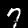
Digit: 7